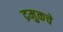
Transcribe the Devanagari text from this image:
द्रमुकचे